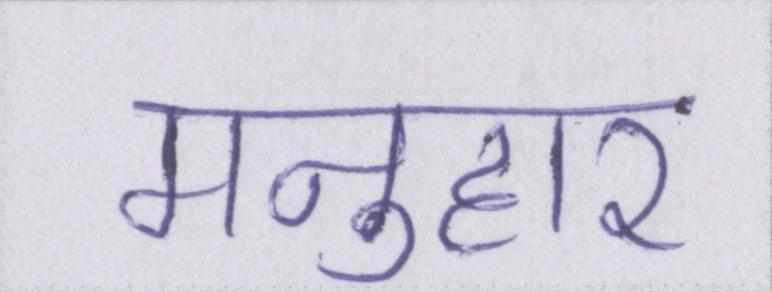
मनुहार